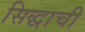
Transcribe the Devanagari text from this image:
सिद्धाची